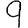
Digit: 9